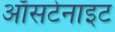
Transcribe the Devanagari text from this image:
ऑसटेनाइट